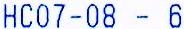
HC07-08 - 6